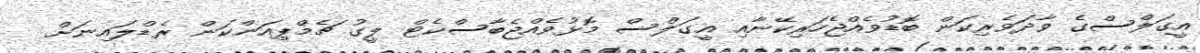
އީގަލްސްގެ ވާދަވެރިކަން ބޮޑުވެއްޖެހަރިކޭނާއި އީގަލްސް މޮޅުވެއްޖެބާސްކެޓް ލީގު ޗެމްޕިއަންކަން ރެޑްލައިނަށް